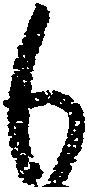
も